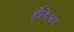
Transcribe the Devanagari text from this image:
हौदेश्वर